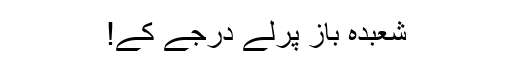
شعبدہ باز پرلے درجے کے!